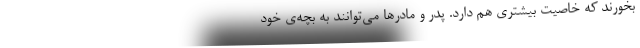
بخورند که خاصیت بیشتری هم دارد. پدر و مادرها می‌توانند به بچه‌ی خود